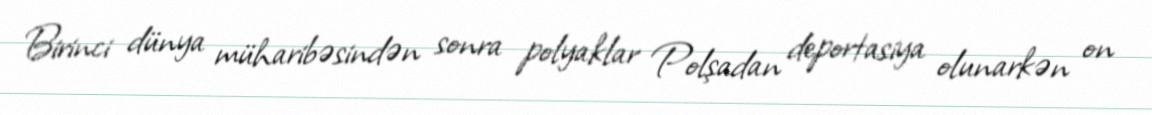
Birinci dünya müharibəsindən sonra polyaklar Polşadan deportasiya olunarkən on